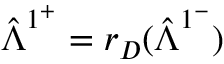
\hat { \boldsymbol { \Lambda } } ^ { 1 ^ { + } } = r _ { D } ( \hat { \boldsymbol { \Lambda } } ^ { 1 ^ { - } } )